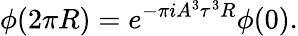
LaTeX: \phi(2\pi R)=e^{-\pi iA^{3}\tau^{3}R}\phi(0).